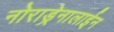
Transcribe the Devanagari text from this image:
नोराड्रेनालाईन